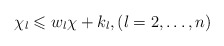
\begin{align*}\chi_l \leqslant w_l \chi + k_l, (l = 2,\dots, n)\end{align*}